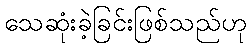
သေဆုံးခဲ့ခြင်းဖြစ်သည်ဟု